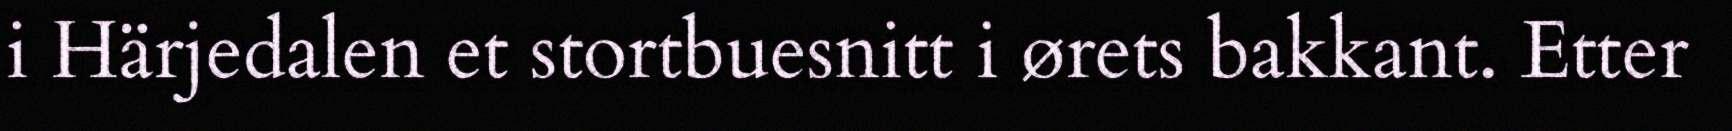
i Härjedalen et stortbuesnitt i ørets bakkant. Etter